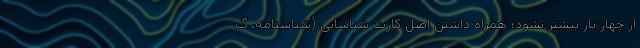
از چهار بار بیشتر نشود؛ همراه داشتن اصل کارت شناسایی (شناسنامه، گ